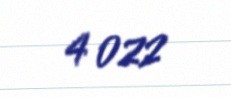
4 022